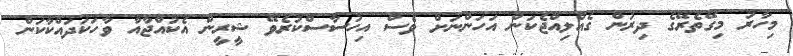
މިހާރު މިގޭތެރޭގެ ދިރުން ގެއްލިއްޖެކަން އަހަންނަށް ވެސް އިހުސާސްކުރެވޭ ޝީރީން އެކުއްޖާއާ ވާހަކަދައްކާކަން